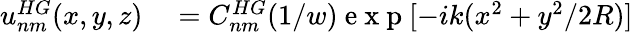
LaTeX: \begin{array}{rl}{u_{nm}^{HG}(x,y,z)}&{{}=C_{nm}^{HG}(1/w)\mathrm{~e~x~p~}[-ik(x^{2}+y^{2}/2R)]}\end{array}